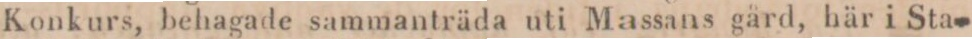
Konkurs, behagade sammanträda uti Massans gård, här i Sta-